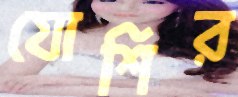
যোশির